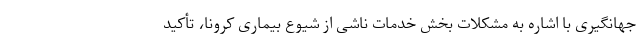
جهانگیری با اشاره به مشکلات بخش خدمات ناشی از شیوع بیماری کرونا، تأکید